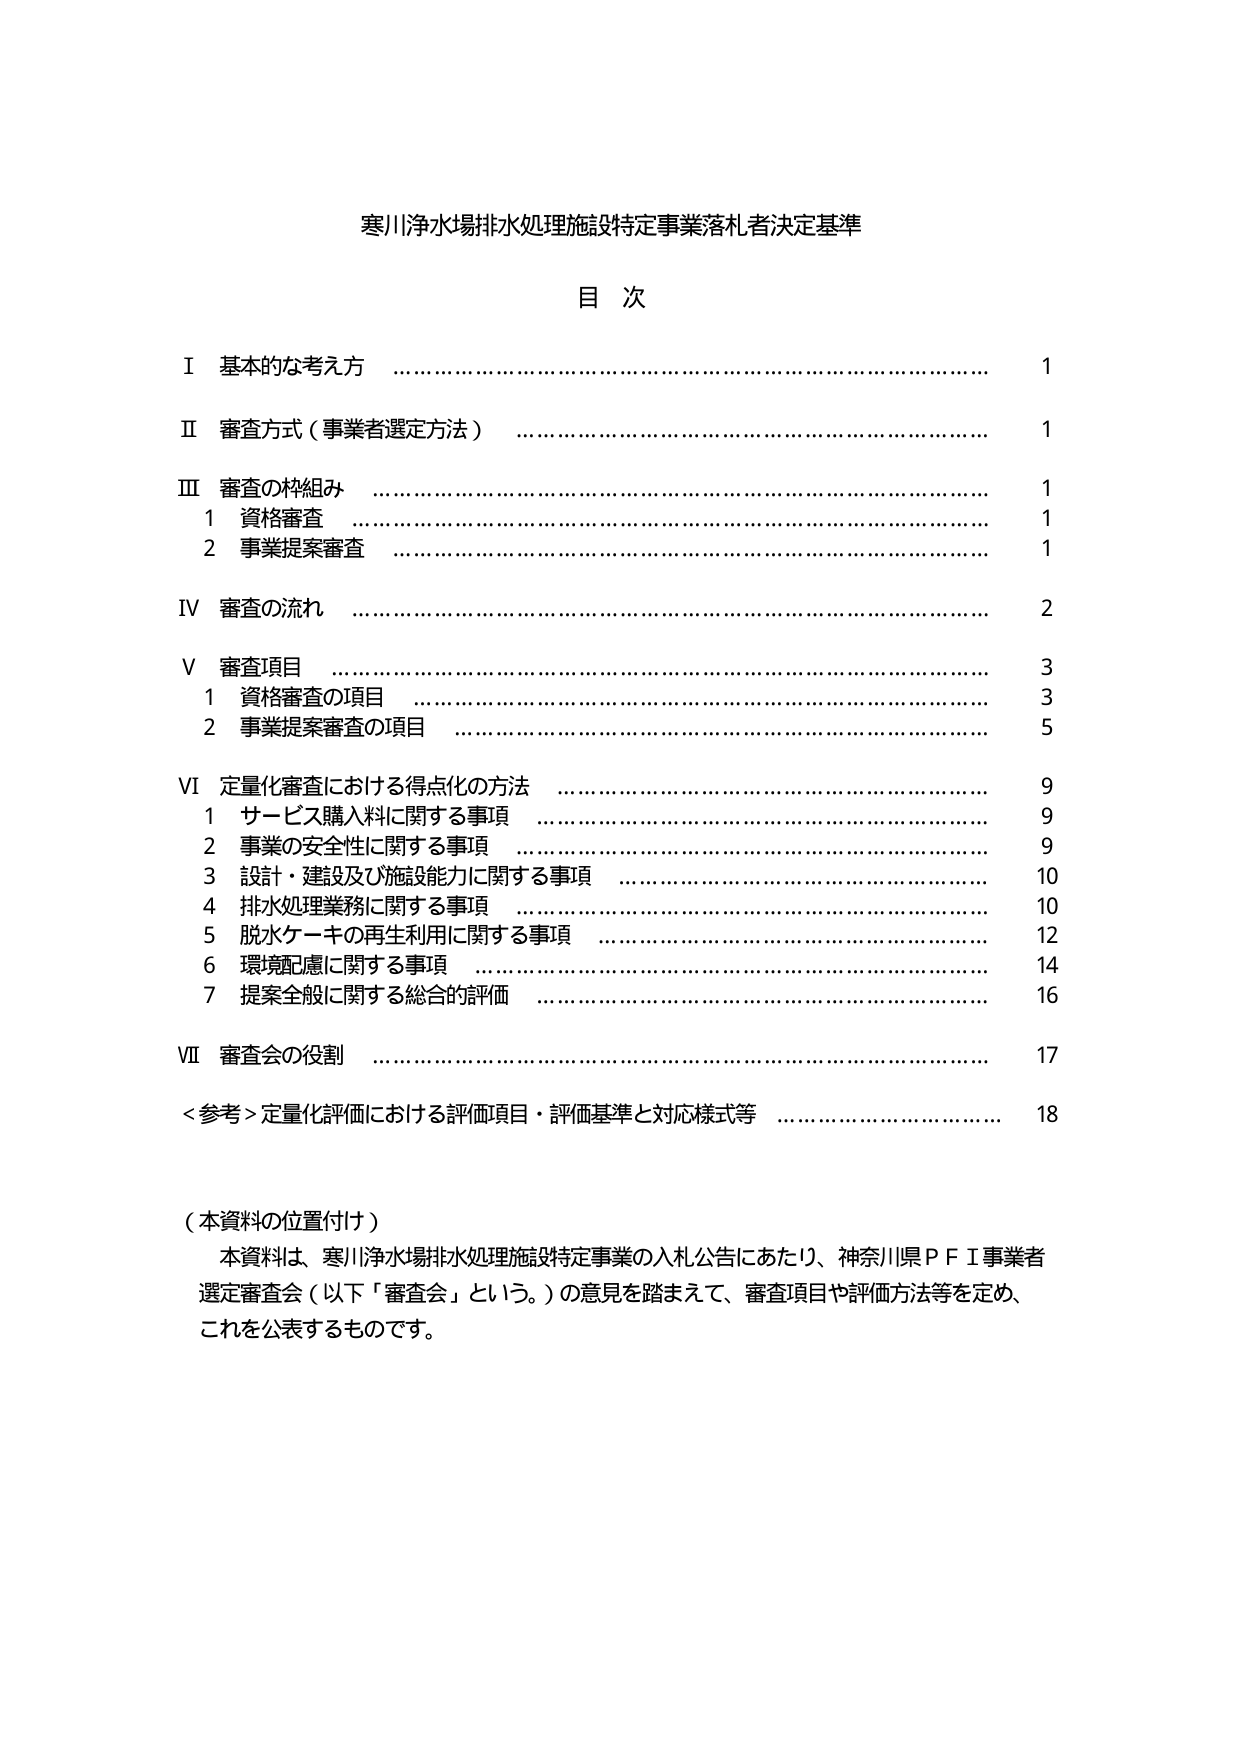
寒川浄水場排水処理施設特定事業落札者決定基準

目 次

Ⅰ 基本的な考え方 ……………………………………………………………… 1
Ⅱ 審査方式（事業者選定方法） ……………………………………………… 1
Ⅲ 審査の枠組み ……………………………………………………………… 1
　1 資格審査 ………………………………………………………………… 1
　2 事業提案審査 …………………………………………………………… 1
Ⅳ 審査の流れ ………………………………………………………………… 2
Ⅴ 審査項目 …………………………………………………………………… 3
　1 資格審査の項目 ………………………………………………………… 3
　2 事業提案審査の項目 …………………………………………………… 5
Ⅵ 定量化審査における得点化の方法 ……………………………………… 9
　1 サービス購入料に関する事項 ………………………………………… 9
　2 事業の安全性に関する事項 …………………………………………… 9
　3 設計・建設及び施設能力に関する事項 ……………………………… 10
　4 排水処理業務に関する事項 …………………………………………… 10
　5 脱水ケーキの再生利用に関する事項 ………………………………… 12
　6 環境配慮に関する事項 ………………………………………………… 14
　7 提案全般に関する総合的評価 ………………………………………… 16
Ⅶ 審査会の役割 ……………………………………………………………… 17
＜参考＞定量化評価における評価項目・評価基準と対応様式等 ………… 18

（本資料の位置付け）
　本資料は、寒川浄水場排水処理施設特定事業の入札公告にあたり、神奈川県ＰＦＩ事業者選定審査会（以下「審査会」という。）の意見を踏まえて、審査項目や評価方法等を定め、これを公表するものです。